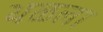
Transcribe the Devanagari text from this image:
थळला